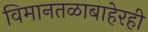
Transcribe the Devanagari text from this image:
विमानतळाबाहेरही